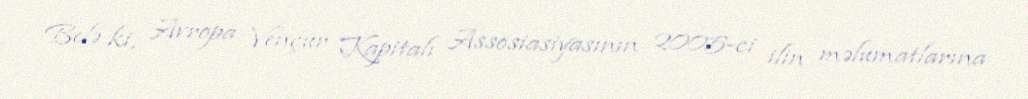
Belə ki, Avropa Vençur Kapitalı Assosiasiyasının 2005-ci ilin məlumatlarına